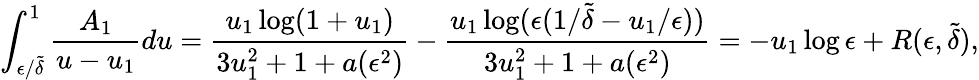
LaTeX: \int_{\epsilon/\tilde{\delta}}^{1}\frac{A_{1}}{u-u_{1}}du=\frac{u_{1}\log(1+u_{1})}{3u_{1}^{2}+1+a(\epsilon^{2})}-\frac{u_{1}\log(\epsilon(1/\tilde{\delta}-u_{1}/\epsilon))}{3u_{1}^{2}+1+a(\epsilon^{2})}=-u_{1}\log\epsilon+R(\epsilon,\tilde{\delta}),